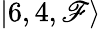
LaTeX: |6,4,\mathscr{F}\rangle